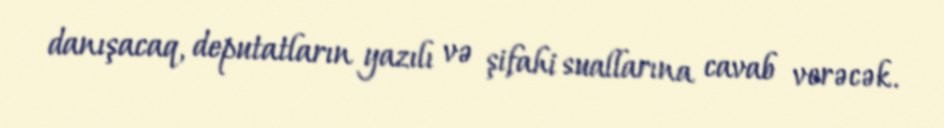
danışacaq, deputatların yazılı və şifahi suallarına cavab verəcək.